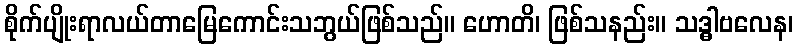
စိုက်ပျိုးရာလယ်တာမြေကောင်းသဘွယ်ဖြစ်သည်။ ဟောတိ၊ ဖြစ်သနည်း။ သဒ္ဓါဗလေန၊